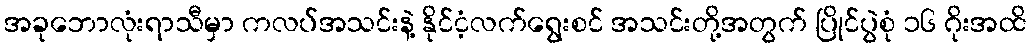
အခုဘောလုံးရာသီမှာ ကလပ်အသင်းနဲ့ နိုင်ငံ့လက်ရွေးစင် အသင်းတို့အတွက် ပြိုင်ပွဲစုံ ၁၆ ဂိုးအထိ